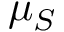
\mu _ { S }